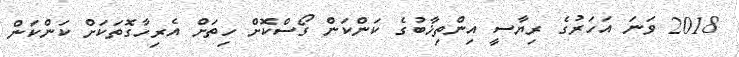
2018 ވަނަ އަހަރުގެ ރިޔާސީ އިންތިޚާބުގެ ކަންކަން ގޯސްކޮށް ހިތަށް އެރިހާގޮތަކަށް ކަންކަން